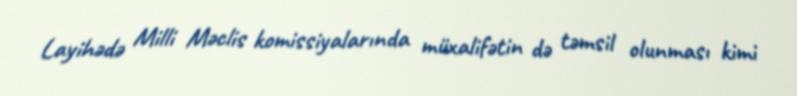
Layihədə Milli Məclis komissiyalarında müxalifətin də təmsil olunması kimi